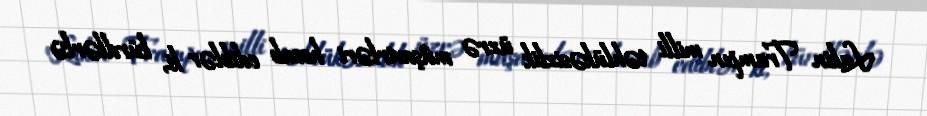
Lakin Trampın milli təhlükəsizlik üzrə müşavirləri hesab ediblər ki, kürdlərlə